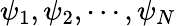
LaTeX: \psi_{1},\psi_{2},\cdots,\psi_{N}